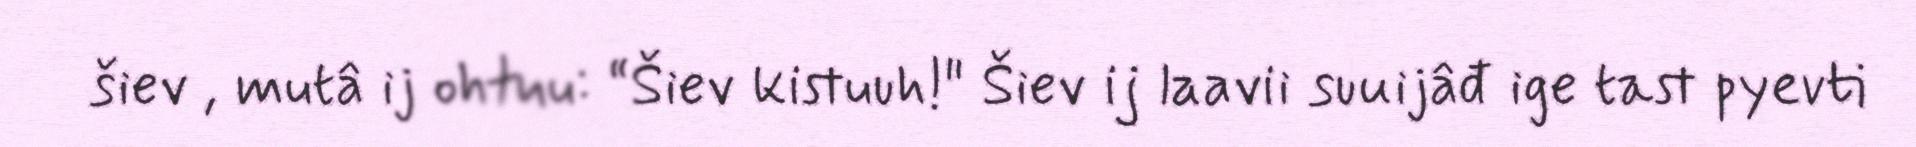
šiev , mutâ ij ohtuu: “Šiev kistuuh!" Šiev ij laavii suuijâđ ige tast pyevti